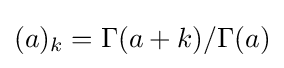
(a)_{k}=\Gamma (a+k)/\Gamma (a)